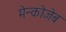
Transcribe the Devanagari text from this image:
मेन्कोजेब